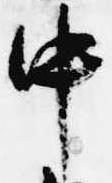
中